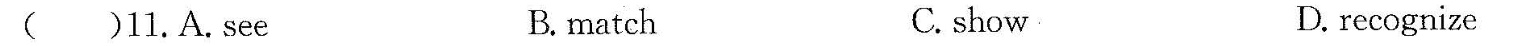
( )10.A.crazy